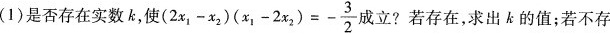
(1)是否存在实数k，使( $$( 2 x _ { 1 } - x _ { 2 } ) ( x _ { 1 } - 2 x _ { 2 } ) = -